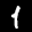
Label: 1